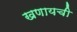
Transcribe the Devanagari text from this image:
खणायची